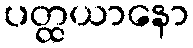
ပတ္ထယာနော